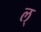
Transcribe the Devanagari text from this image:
ल्‌